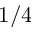
1 / 4